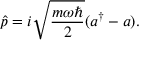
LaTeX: { \hat { p } } = i { \sqrt { \frac { m \omega \hbar } { 2 } } } ( a ^ { \dagger } - a ) .